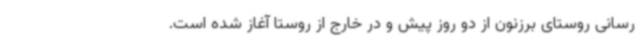
رسانی روستای برزنون از دو روز پیش و در خارج از روستا آغاز شده است.